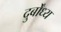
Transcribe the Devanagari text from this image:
दुर्बोंध्य